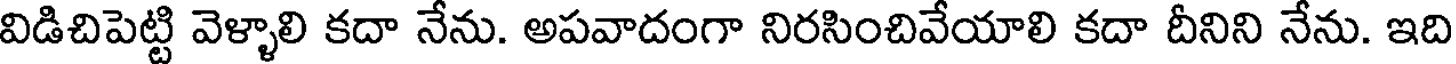
విడిచిపెట్టి వెళ్ళాలి కదా నేను. అపవాదంగా నిరసించివేయాలి కదా దీనిని నేను. ఇది